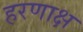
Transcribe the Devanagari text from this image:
हरणाक्ष